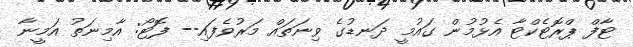
ޓާފް ޕްރޮޓެކްޓާ އެޅުމުން ގައުމީ ދަނޑުގެ ވިނަތައް މަރުވެފައި-- ފޮޓޯ: އާމިނަތު އަމީނާ